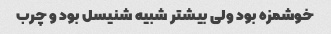
خوشمزه بود ولی بیشتر شبیه شنیسل بود و چرب